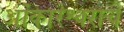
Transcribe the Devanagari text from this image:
ओंकारेश्वराचे